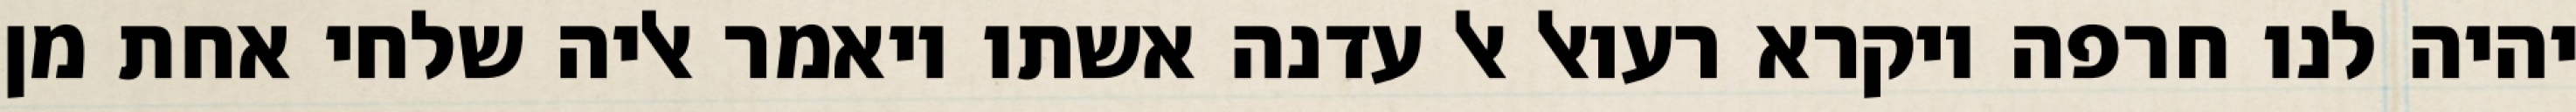
יהיה לנו חרפה ויקרא רעואל אל עדנה אשתו ויאמר אליה שלחי אחת מן